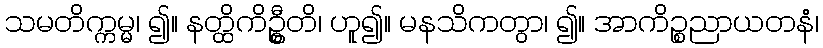
သမတိက္ကမ္မ၊ ၍။ နတ္ထိကိဦ္စတိ၊ ဟူ၍။ မနသိကတွာ၊ ၍။ အာကိဉ္စညာယတနံ၊